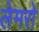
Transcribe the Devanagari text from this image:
लेमरो